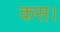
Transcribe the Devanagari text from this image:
कस।